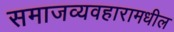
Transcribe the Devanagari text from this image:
समाजव्यवहारामधील